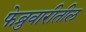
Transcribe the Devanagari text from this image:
फेब्रुवारीतील